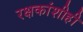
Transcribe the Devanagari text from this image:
रक्षकांशीही